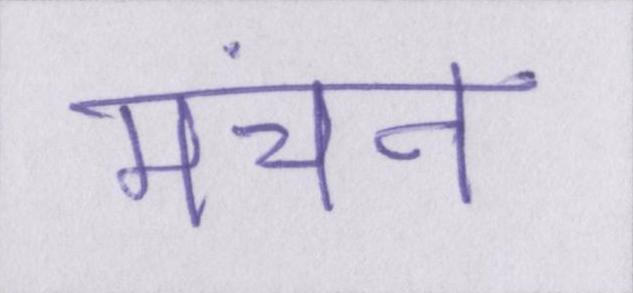
मंचन